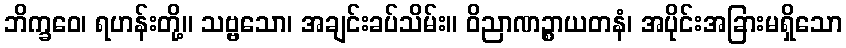
ဘိက္ခဝေ၊ ရဟန်းတို့။ သဗ္ဗသော၊ အချင်းခပ်သိမ်း။ ဝိညာဏဉ္စာယတနံ၊ အပိုင်းအခြားမရှိသော